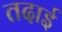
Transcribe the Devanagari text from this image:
तदाई